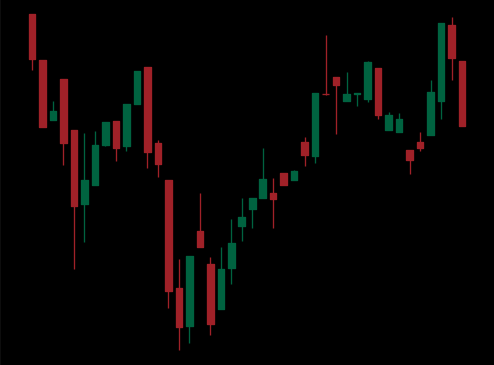
Pattern: inverse_head_shoulders